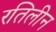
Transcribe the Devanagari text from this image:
रतिलीन